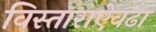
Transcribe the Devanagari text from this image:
विस्ताराऐवढा